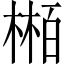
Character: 𬃴